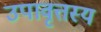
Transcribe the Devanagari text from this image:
उपावृत्तस्य